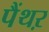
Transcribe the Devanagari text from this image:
पैंथऱ